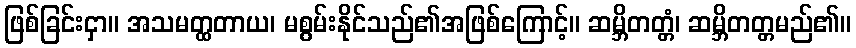
ဖြစ်ခြင်းငှာ။ အသမတ္ထတာယ၊ မစွမ်းနိုင်သည်၏အဖြစ်ကြောင့်။ ဆမ္ဘိတတ္တံ၊ ဆမ္ဘိတတ္တမည်၏။